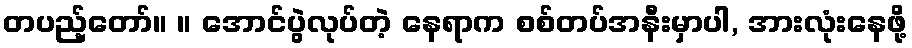
တပည့်တော်။ ။ အောင်ပွဲလုပ်တဲ့ နေရာက စစ်တပ်အနီးမှာပါ, အားလုံးနေဖို့